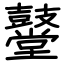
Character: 鼞